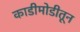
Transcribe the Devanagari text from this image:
काडीमोडीतून